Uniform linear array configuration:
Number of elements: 16
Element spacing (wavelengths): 0.5
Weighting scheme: uniform
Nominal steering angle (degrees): -30
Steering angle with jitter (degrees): -29.905
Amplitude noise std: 0.05
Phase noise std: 0.05

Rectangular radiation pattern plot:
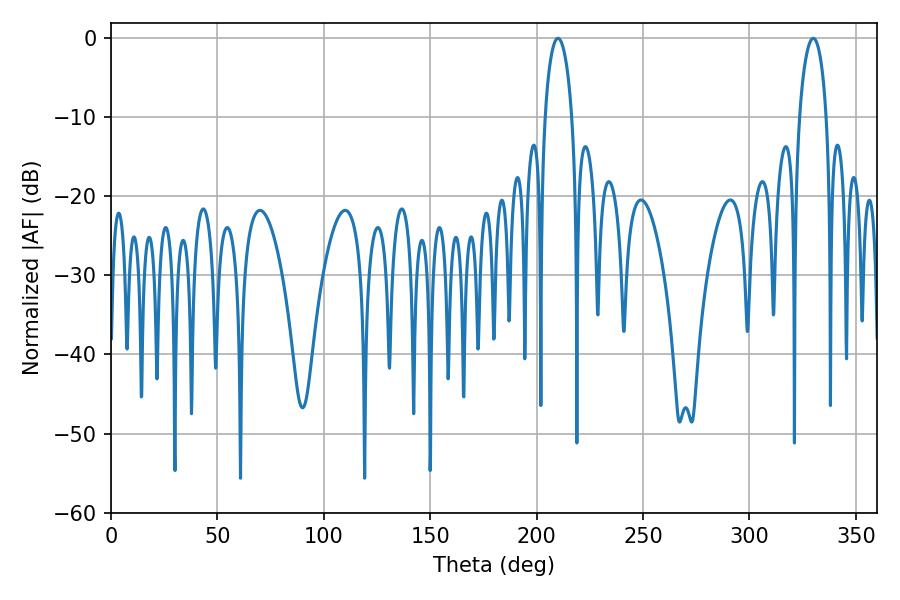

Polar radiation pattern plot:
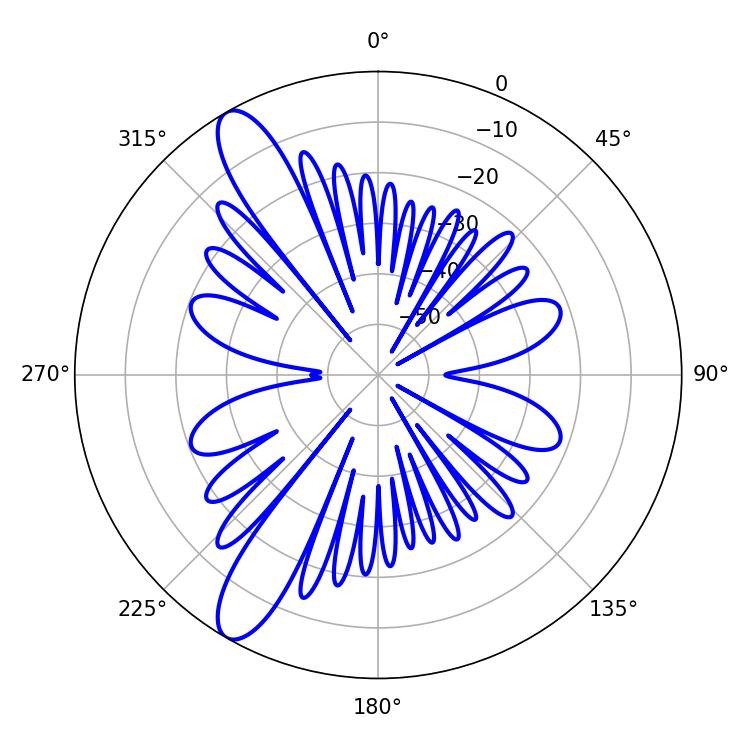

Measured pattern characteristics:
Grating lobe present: FALSE
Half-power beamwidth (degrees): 7.2
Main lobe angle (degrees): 329.94